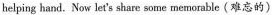
helping hand. Now let's share some memorable(难忘的)